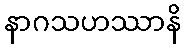
နာဂသဟဿာနိ